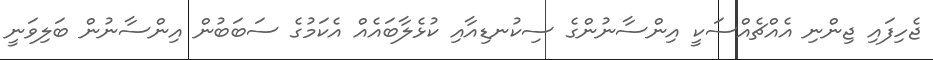
ޖެހިފައި ޖިންނި އެއްޗެއްސަކީ އިންސާނުންގެ ސިކުނޑިއާއި ކުޅެލާބައެއް އެކަމުގެ ސަބަބުން އިންސާނުން ބަލިވަނީ